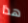
هذا